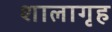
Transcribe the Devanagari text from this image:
शालागृह